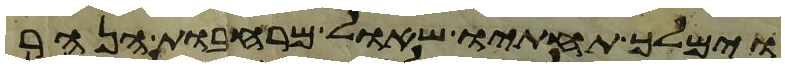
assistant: וימלך תחתיו שאול מרחבות הנהר